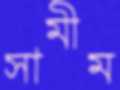
সামীম